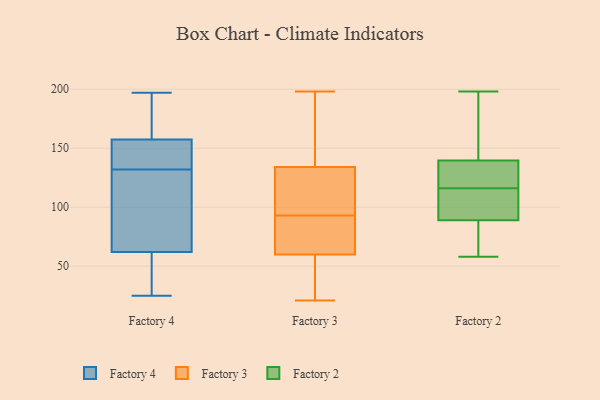
{"axis": {"x": "Operating Costs (USD K)", "y": "Value"}, "legend": ["Factory 2", "Factory 3", "Factory 4"], "data": [{"x": "", "y": 178, "type": "Factory 4"}, {"x": "", "y": 62, "type": "Factory 4"}, {"x": "", "y": 25, "type": "Factory 4"}, {"x": "", "y": 50, "type": "Factory 4"}, {"x": "", "y": 132, "type": "Factory 4"}, {"x": "", "y": 197, "type": "Factory 4"}, {"x": "", "y": 62, "type": "Factory 4"}, {"x": "", "y": 158, "type": "Factory 4"}, {"x": "", "y": 127, "type": "Factory 4"}, {"x": "", "y": 152, "type": "Factory 4"}, {"x": "", "y": 156, "type": "Factory 4"}, {"x": "", "y": 62, "type": "Factory 3"}, {"x": "", "y": 21, "type": "Factory 3"}, {"x": "", "y": 21, "type": "Factory 3"}, {"x": "", "y": 165, "type": "Factory 3"}, {"x": "", "y": 136, "type": "Factory 3"}, {"x": "", "y": 108, "type": "Factory 3"}, {"x": "", "y": 93, "type": "Factory 3"}, {"x": "", "y": 93, "type": "Factory 3"}, {"x": "", "y": 134, "type": "Factory 3"}, {"x": "", "y": 87, "type": "Factory 3"}, {"x": "", "y": 198, "type": "Factory 3"}, {"x": "", "y": 22, "type": "Factory 3"}, {"x": "", "y": 60, "type": "Factory 3"}, {"x": "", "y": 128, "type": "Factory 3"}, {"x": "", "y": 121, "type": "Factory 2"}, {"x": "", "y": 92, "type": "Factory 2"}, {"x": "", "y": 111, "type": "Factory 2"}, {"x": "", "y": 91, "type": "Factory 2"}, {"x": "", "y": 87, "type": "Factory 2"}, {"x": "", "y": 58, "type": "Factory 2"}, {"x": "", "y": 130, "type": "Factory 2"}, {"x": "", "y": 198, "type": "Factory 2"}, {"x": "", "y": 65, "type": "Factory 2"}, {"x": "", "y": 147, "type": "Factory 2"}, {"x": "", "y": 176, "type": "Factory 2"}, {"x": "", "y": 132, "type": "Factory 2"}]}